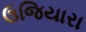
ઉજિયારા